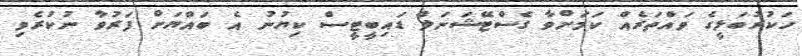
ހަކުރުބަލީގެ ވައްތަރެއް ކަމަށްވާ ގެސްޓޭޝަނަލް ޑައިބީޓީސް ކިޔުނު އެ ބައްޔަށް ފަރުވާ ނުކުރެވި